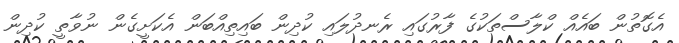
އެގޮތުން ބައެއް ކްލާސްތަކުގެ ފާރުގައި ރެނދުލައި ކުދިން ބައިތިއްބަން އެކަށީގެން ނުވާތީ ކުދިން